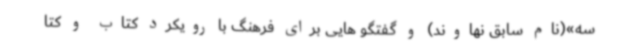
سه»(نام سابق نهاوند) و گفتگو هایی برای فرهنگ با رویکرد کتاب و کتا